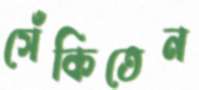
সেঁকিতেন